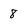
Character: 8